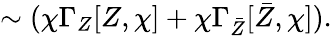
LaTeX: \sim(\chi\Gamma_{Z}[Z,\chi]+\chi\Gamma_{\bar{Z}}[\bar{Z},\chi]).